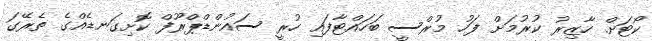
ކޯޓަށް ހާޒިރު ކުރުމަށް ފަހު މުރްސީ ބަހައްޓާފައި ހުރީ ސައުންޑްޕްރޫފް ކޮށިގަނޑެއްގެ ތެރޭގަ